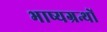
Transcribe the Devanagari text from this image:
भाष्यग्रन्थों